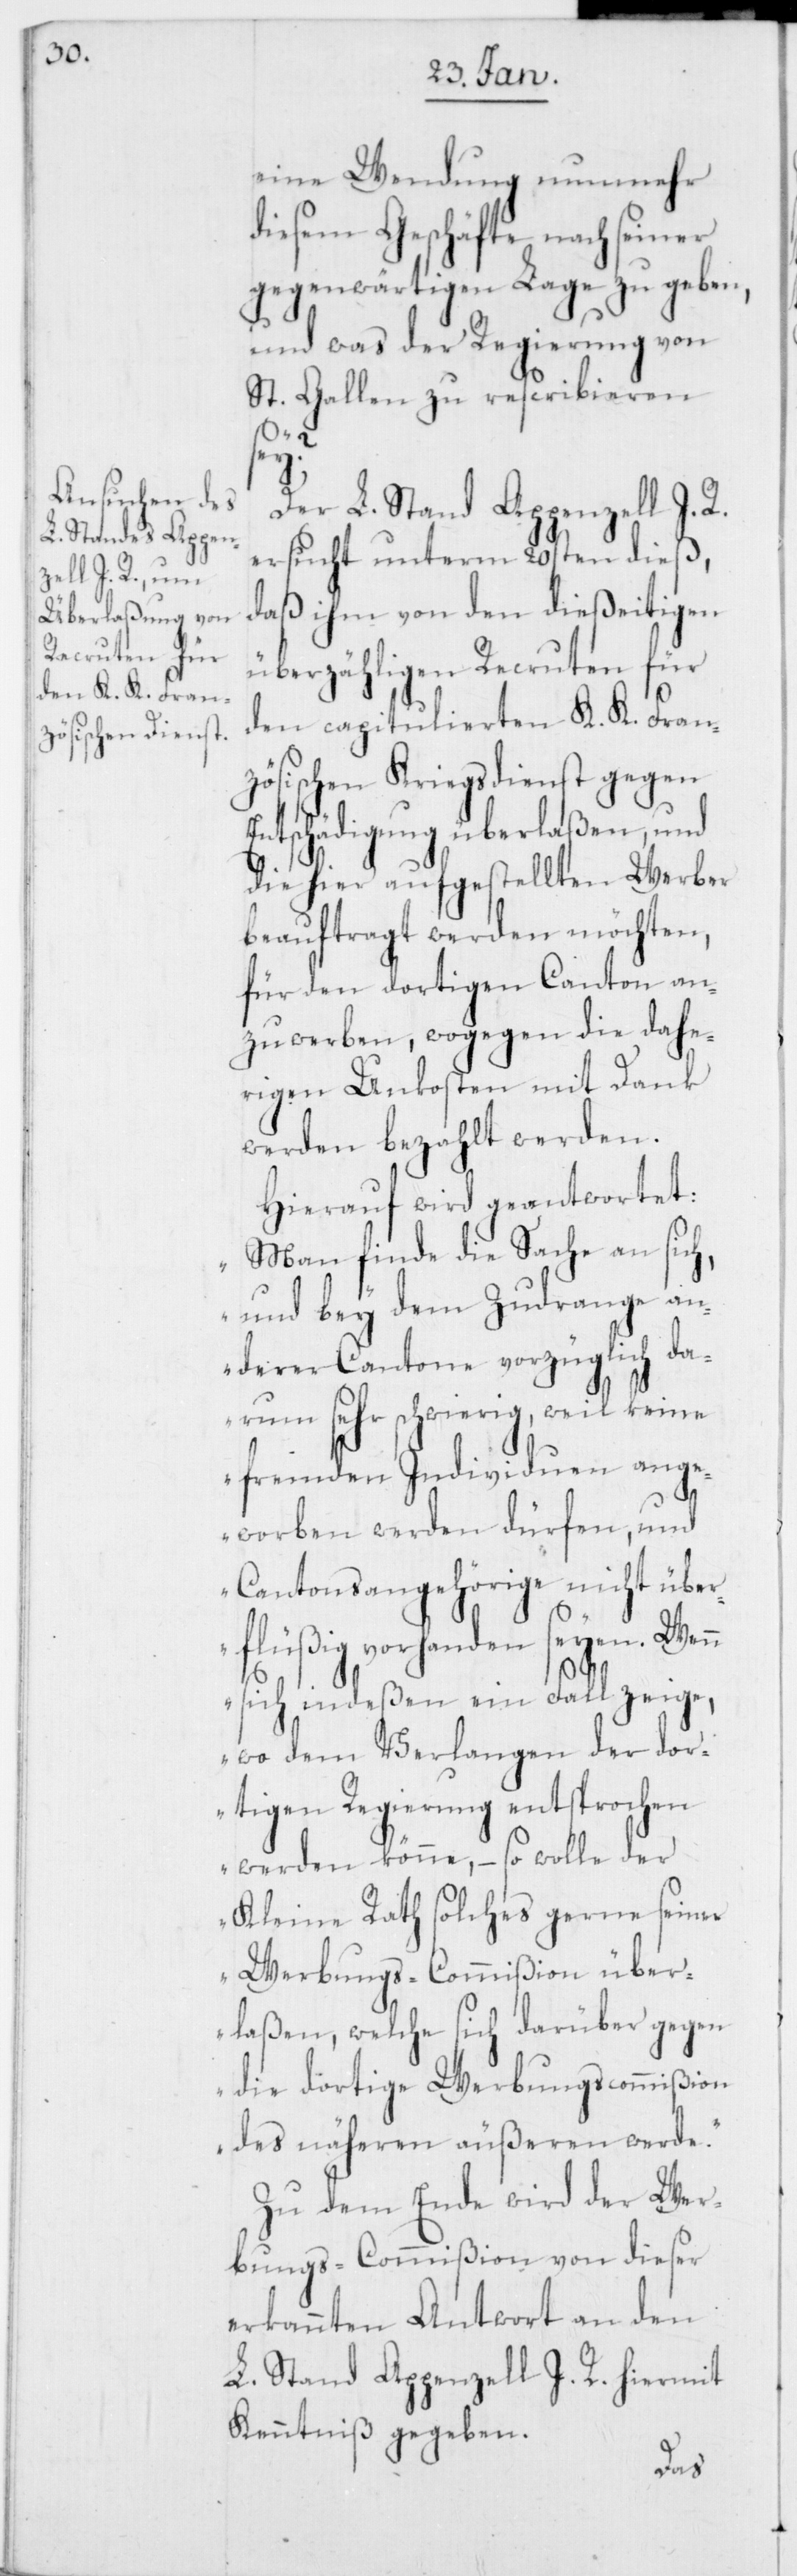
eine Wendung nunmehr
diesem Geschäfte nach seiner
gegenwärtigen Lage zu geben,
und was der Regierung von
St. Gallen zu rescribieren
sey?
Der L. Stand Appenzell I. R.
ersucht unterm 20sten dieß,
daß ihm von den dießeitigen
überzähligen Recruten für
den capitulierten K. K. Fran¬
zösischen Kriegsdienst gegen
Entschädigung überlaßen, und
die hier aufgestellten Werber
beauftragt werden möchten,
für den dortigen Canton an¬
zuwerben, wogegen die dahe¬
rigen Unkosten mit Dank
werden bezahlt werden.
Hierauf wird geantwortet:
„Man finde die Sache an sich,
und bey dem Zudrange an¬
derer Cantone vorzüglich da¬
rum sehr schwierig, weil keine
fremden Individuen ange¬
worben werden dürfen, und
Cantonsangehörige nicht über¬
flüßig vorhanden seyen. Wenn
sich indeßen ein Fall zeige,
wo dem Verlangen der dor¬
tigen Regierung entsprochen
werden könne, – so wolle der
Kleine Rath solches gerne seiner
Werbungs-Commißion über¬
laßen, welche sich darüber gegen
die dortige Werbungscommißion
des näheren äußeren werde.“
Zu dem Ende wird der Wer¬
bungs-Commißion von dieser
erkannten Antwort an den
L. Stand Appenzell I. R. hiermit
Kenntniß gegeben.